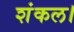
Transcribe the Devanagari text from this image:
शंकल।